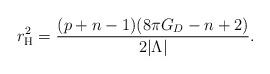
LaTeX: \begin{align*}r_{\rm H}^2 = \frac{(p+n-1)(8\pi G_D-n+2)} {2|\Lambda|} .\end{align*}